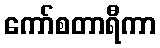
ကော်စတာရီကာ